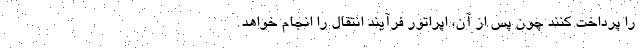
را پرداخت کنند چون پس از آن، اپراتور فرآیند انتقال را انجام خواهد